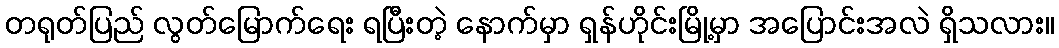
တရုတ်ပြည် လွတ်မြောက်ရေး ရပြီးတဲ့ နောက်မှာ ရှန်ဟိုင်းမြို့မှာ အပြောင်းအလဲ ရှိသလား။